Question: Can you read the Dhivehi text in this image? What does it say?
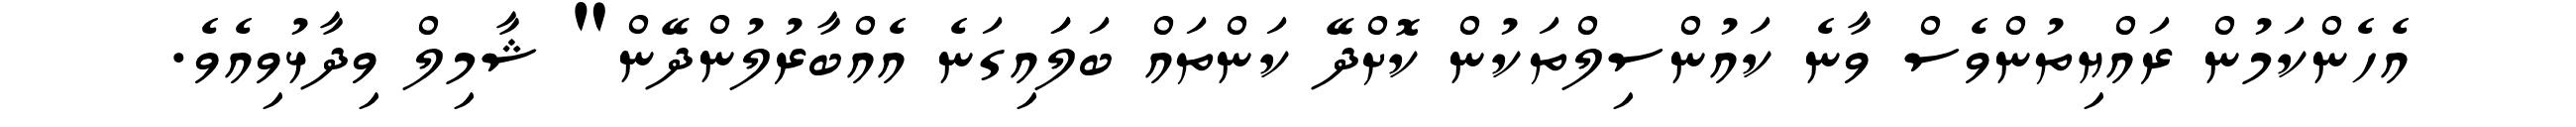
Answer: އެހެންކަމުން ރައްޔިތުންވެސް ވާނެ ކައުންސިލްތަކުން ކޮށްދޭ ކަންތައް ބަލަައިގަނެ އެއްބާރުލުންދޭން" ޝާމިލް ވިދާޅުވިއެވެ.